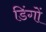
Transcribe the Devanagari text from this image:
डिंगों